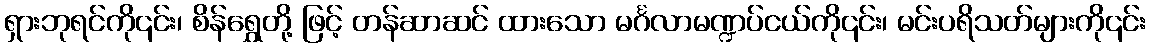
ရှားဘုရင်ကို၎င်း၊ စိန်ရွှေတို့ ဖြင့် တန်ဆာဆင် ထားသော မင်္ဂလာမဏ္ဍပ်ငယ်ကို၎င်း၊ မင်းပရိသတ်များကို၎င်း